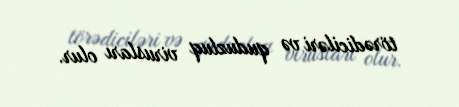
törədiciləri və quduzluq virusları olur.